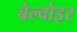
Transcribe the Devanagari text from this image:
बेल्वोइर